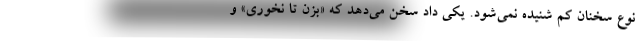
نوع سخنان کم شنیده نمی‌شود. یکی داد سخن می‌دهد که «بزن تا نخوری» و